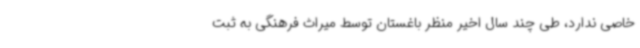
خاصی ندارد، طی چند سال اخیر منظر باغستان توسط میراث فرهنگی به ثبت